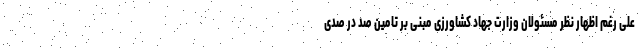
علی رغم اظهار نظر مسئولان وزارت جهاد کشاورزی مبنی بر تامین صد در صدی